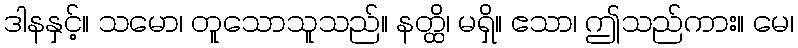
ဒါနနှင့်။ သမော၊ တူသောသူသည်။ နတ္ထိ၊ မရှိ။ ဧသာ၊ ဤသည်ကား။ မေ၊